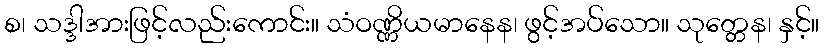
စ၊ သဒ္ဒါအားဖြင့်လည်းကောင်း။ သံဝဏ္ဏိယမာနေန၊ ဖွင့်အပ်သော။ သုတ္တေန၊ နှင့်။